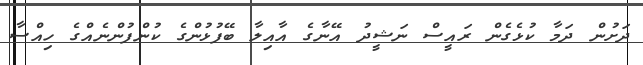
ދަށުން ދަމާ ކުޅެގެން ރައީސް ނަޝީދު އޭނާގެ އާއިލާ ބޭފުޅުންގެ ކުންފުންނެއްގެ ހިއްސާ